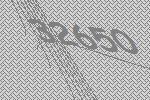
32650